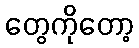
တွေကိုတော့